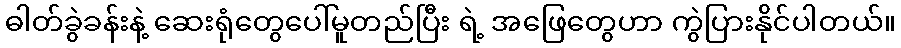
ဓါတ်ခွဲခန်းနဲ့ ဆေးရုံတွေပေါ်မူတည်ပြီး ရဲ့ အဖြေတွေဟာ ကွဲပြားနိုင်ပါတယ်။